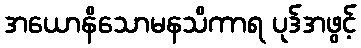
အယောနိသောမနသိကာရ ပုဒ်အဖွင့်